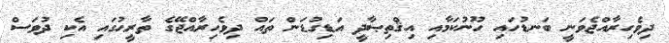
ދިވެހިރާއްޖެވަނީ ބަނޑުހައި ހޫނުކަމާއި އިޤްތިޞާދީ އަޑިގުޑަން ތައް ދިވެހިރާއްޖޭގެ ތާރީޙުގައި އެކި ދުވަސް